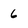
Character: 6